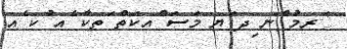
ަރމު ްނ ިދ ަޔ މަސަ ްއކަތް ަތކާ ެއ ުކ ެއ